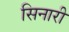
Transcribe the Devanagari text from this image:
सिनारी